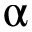
\upalpha